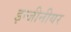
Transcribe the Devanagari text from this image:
इन्जीनीयर